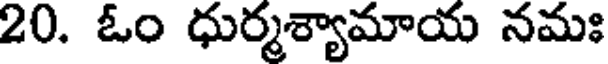
20. ఓం ధుర్మశ్యామాయ నమః